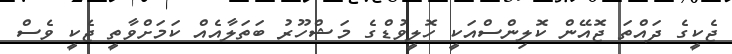
ޖެކީގެ ދައްތަ ޖޮއޭން ކޮލިންސްއަކީ ހޮލީވުޑްގެ މަޝްހޫރު ބަތަލާއެއް ކަމަށްވާތީ ޖެކީ ވެސް